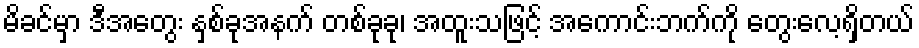
မိခင်မှာ ဒီအတွေး နှစ်ခုအနက် တစ်ခုခု၊ အထူးသဖြင့် အကောင်းဘက်ကို တွေးလေ့ရှိတယ်